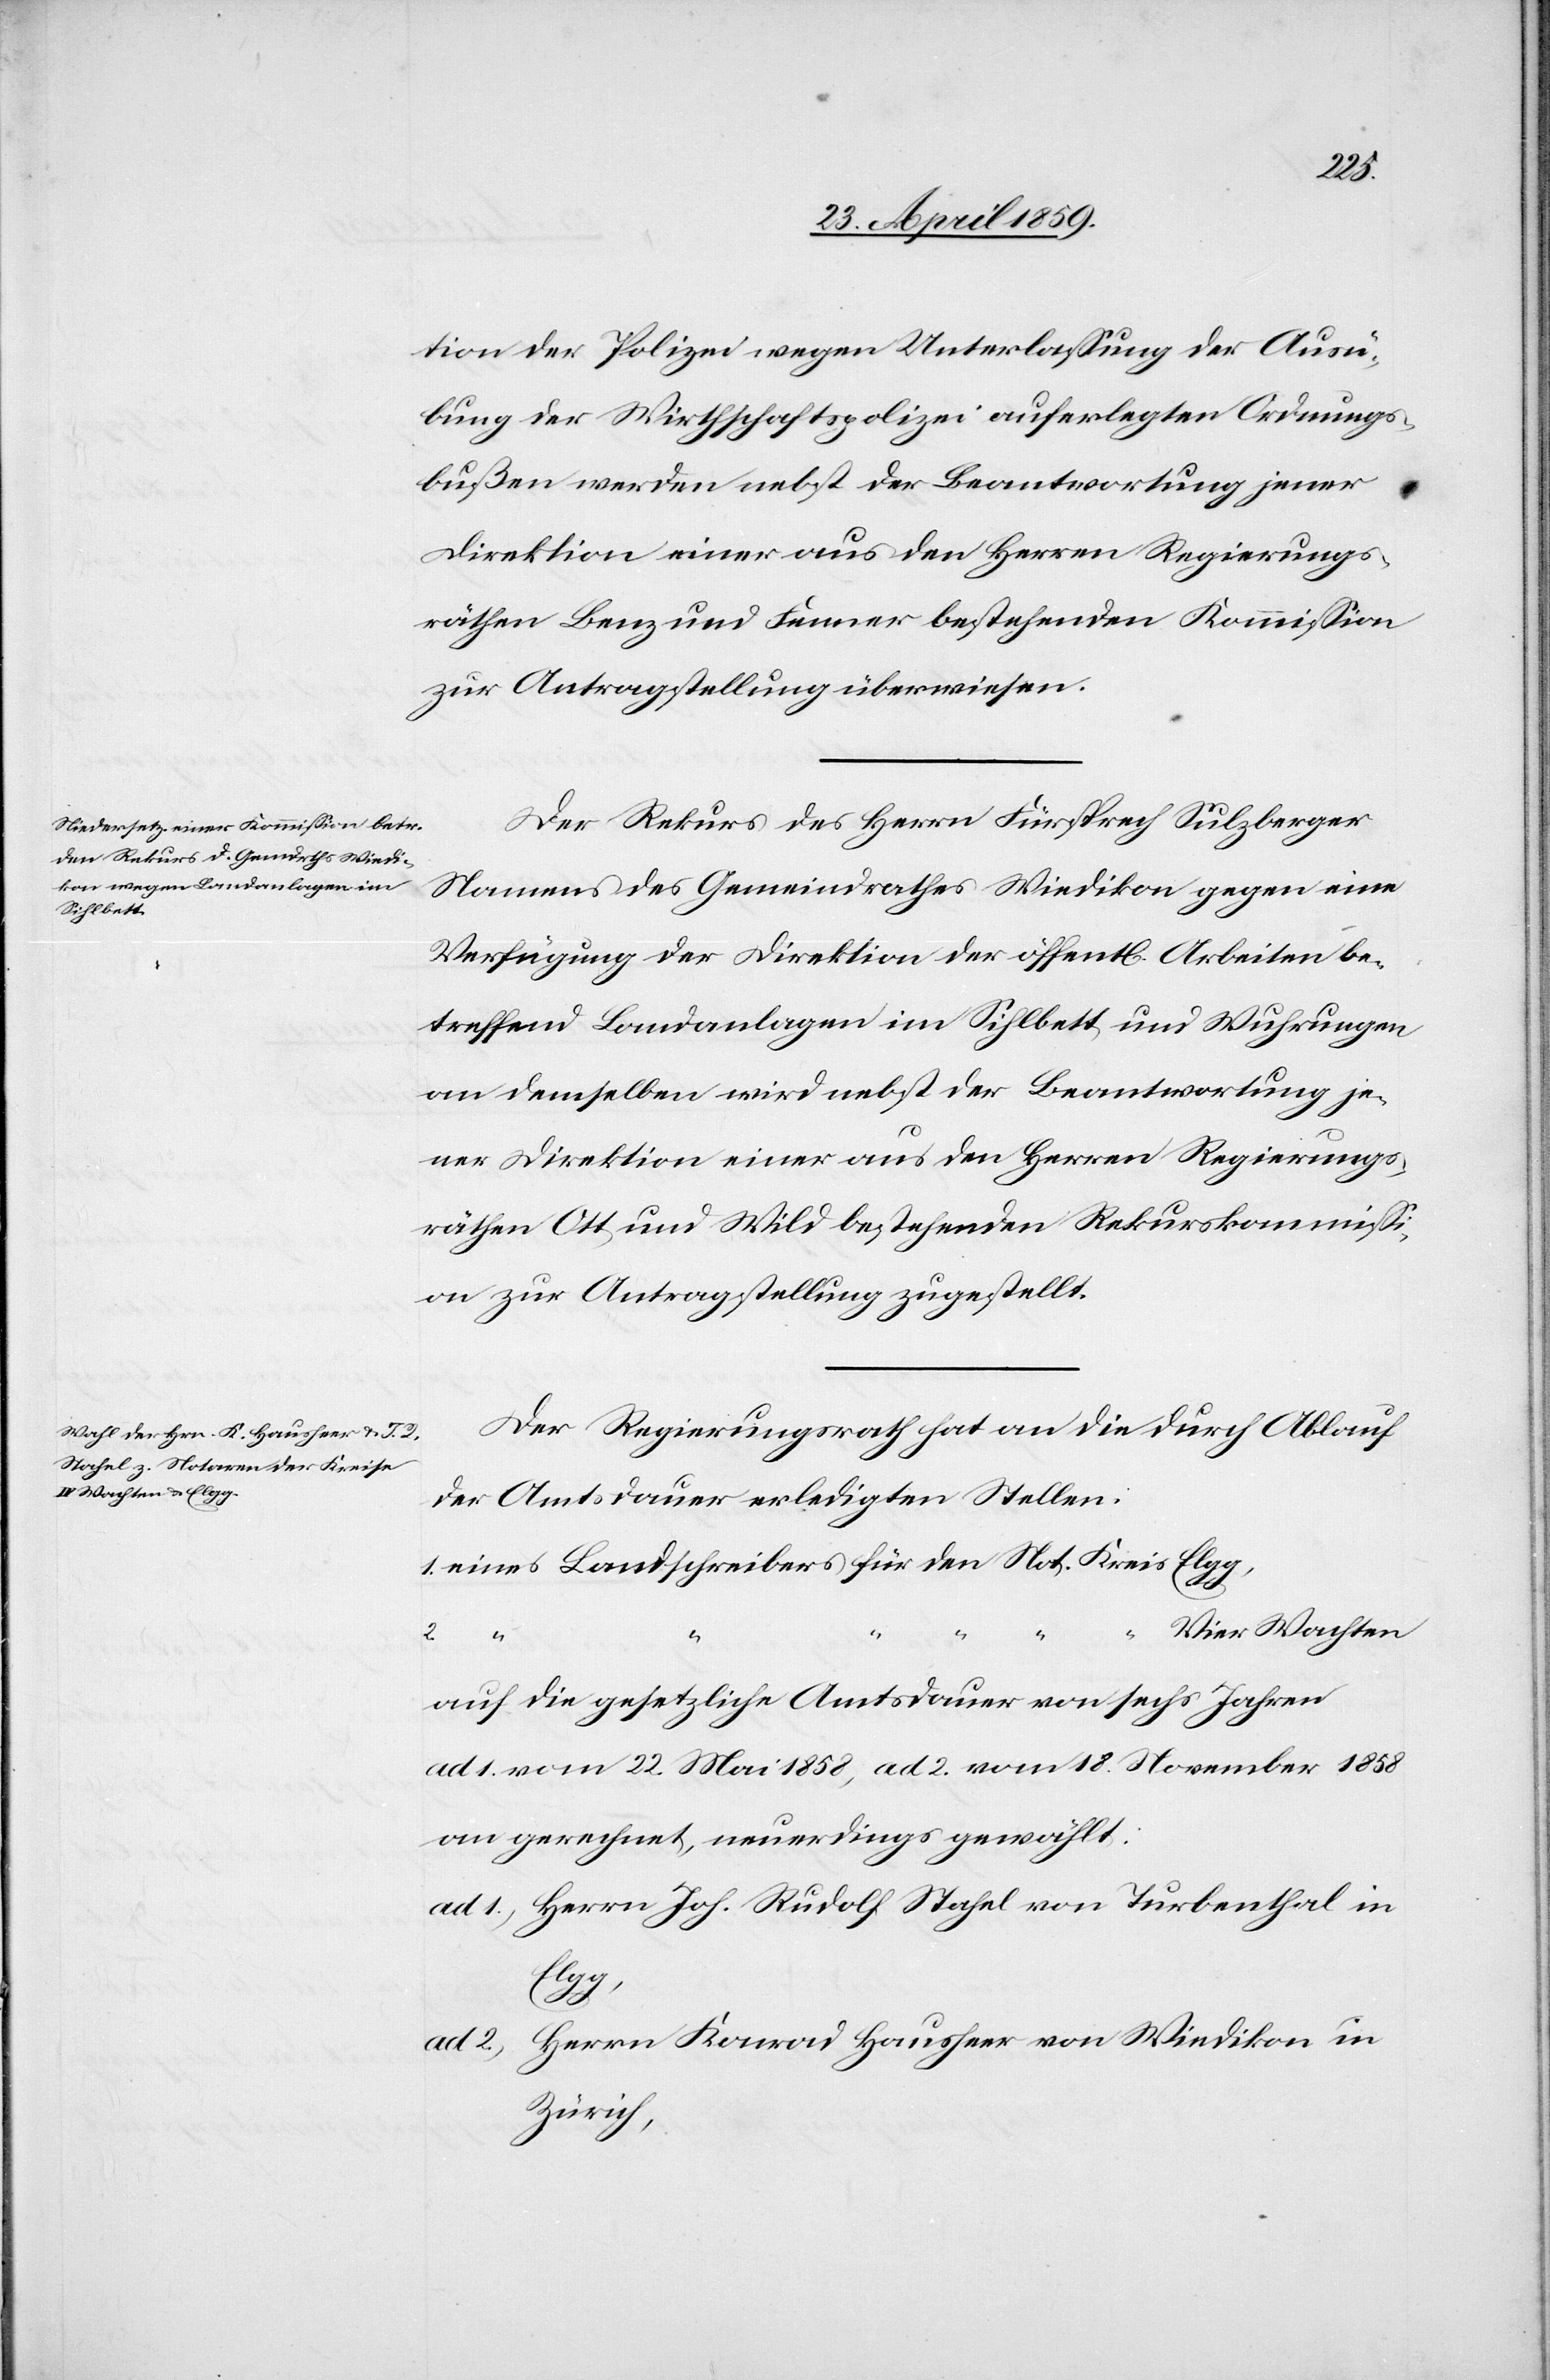
tion der Polizei wegen Unterlaßung der Ausü¬
bung der Wirthschaftspolizei auferlegten Ordnungs¬
bußen werden nebst der Beantwortung jener
Direktion einer aus den Herren Regierungs¬
räthen Benz und Fenner bestehenden Kommißion
zur Antragstellung überwiesen.
Der Rekurs des Herrn Fürsprech Sulzberger
Namens des Gemeindrathes Wiedikon gegen eine
Verfügung der Direktion der öffentl. Arbeiten be¬
treffend Landanlagen im Sihlbett und Wuhrungen
an demselben wird nebst der Beantwortung je¬
ner Direktion einer aus den Herren Regierungs¬
räthen Ott und Wild bestehenden Rekurskommißi¬
on zur Antragstellung zugestellt.
Der Regierungsrath hat an die durch Ablauf
der Amtsdauer erledigten Stellen:
1) eines Landschreibers für den Not. Kreis Elgg,
Vier Wachten
auf die gesetzliche Amtsdauer von sechs Jahren
ad 1. vom 22. Mai 1858, ad 2. vom 18. November 1858
an gerechnet, neuerdings gewählt:
ad 1) Herrn Joh. Rudolf Stahel von Turbenthal in
Elgg,
Herrn Konrad Hausheer von Wiedikon in
Zürich,